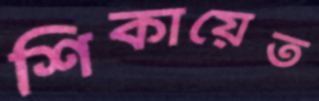
শিকায়েত